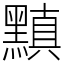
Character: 黰